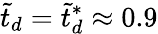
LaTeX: \tilde{t}_{d}=\tilde{t}_{d}^{*}\approx 0.9